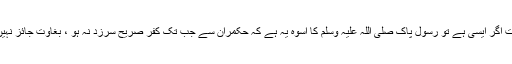
بات اگر ایسی ہے تو رسول پاک صلی اللہ علیہ وسلم کا اسوہ یہ ہے کہ حکمران سے جب تک کفر صریح سرزد نہ ہو ، بغاوت جائز نہیں ۔